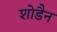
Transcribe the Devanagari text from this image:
शोडैन